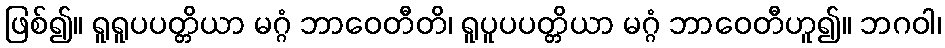
ဖြစ်၍။ ရူရူပပတ္တိယာ မဂ္ဂံ ဘာဝေတီတိ၊ ရူပူပပတ္တိယာ မဂ္ဂံ ဘာဝေတီဟူ၍။ ဘဂဝါ၊